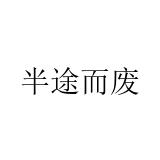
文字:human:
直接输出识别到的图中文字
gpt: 半途而废